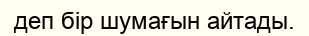
деп бір шумағын айтады.